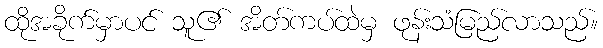
ထိုအခိုက်မှာပင် သူ၏ အိတ်ကပ်ထဲမှ ဖုန်းသံမြည်လာသည်။